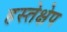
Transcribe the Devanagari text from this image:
हस्तेक्षेप